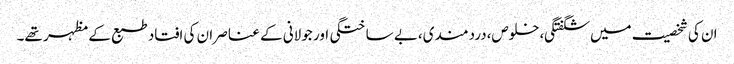
ان کی شخصیت میں شگفتگی،خلوص،دردمندی،بے ساختگی اور جولانی کے عناصر ان کی افتاد طبع کے مظہر تھے۔